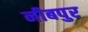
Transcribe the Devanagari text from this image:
नीबपुर